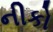
નીકો